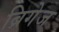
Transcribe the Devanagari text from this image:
ब्रिगेज